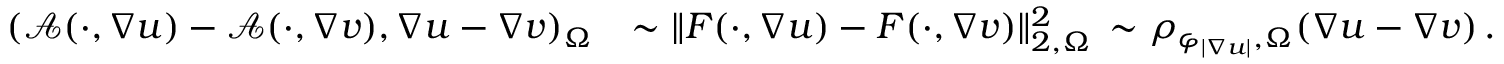
\begin{array} { r l } { ( \boldsymbol { \mathcal { A } } ( \cdot , \nabla u ) - \boldsymbol { \mathcal { A } } ( \cdot , \nabla v ) , \nabla u - \nabla v ) _ { \Omega } } & { \sim \| F ( \cdot , \nabla u ) - F ( \cdot , \nabla v ) \| _ { 2 , \Omega } ^ { 2 } \, \sim \rho _ { \varphi _ { \vert \nabla u \vert } , \Omega } ( \nabla u - \nabla v ) \, . } \end{array}